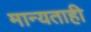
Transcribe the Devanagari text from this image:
मान्यताही